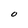
Character: O